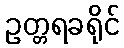
ဥတ္တရခရိုင်